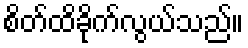
စိတ်ထိခိုက်လွယ်သည်။